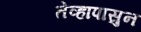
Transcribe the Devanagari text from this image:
तेव्हापासुन